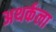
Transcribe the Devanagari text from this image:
अथर्कला